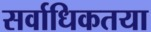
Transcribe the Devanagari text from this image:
सर्वाधिकतया